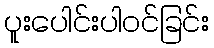
ပူးပေါင်းပါဝင်ခြင်း